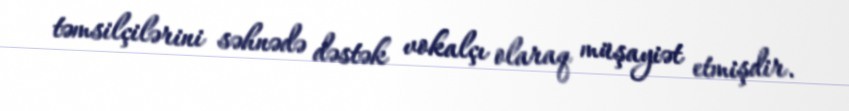
təmsilçilərini səhnədə dəstək vokalçı olaraq müşayiət etmişdir.